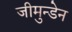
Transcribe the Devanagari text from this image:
जीमुन्डेन